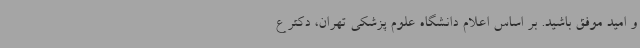
و امید موفق باشید. بر اساس اعلام دانشگاه علوم پزشکی تهران، دکتر ع